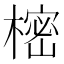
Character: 樒